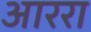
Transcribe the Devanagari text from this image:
आररा